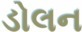
ડોલન